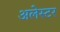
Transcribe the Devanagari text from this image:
अलेस्टर